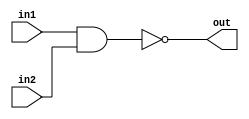
module mynand(in1,in2,out);
input in1, in2;
output out;
assign out = ~(in1&in2);
endmodule